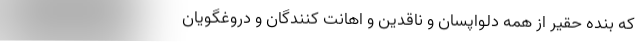
که بنده حقیر از همه دلواپسان و ناقدین و اهانت کنندگان و دروغگویان